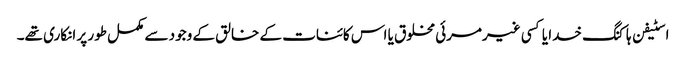
اسٹیفن ہاکنگ خدا یا کسی غیرمرئی مخلوق یا اس کائنات کے خالق کے وجود سے مکمل طور پر انکاری تھے۔